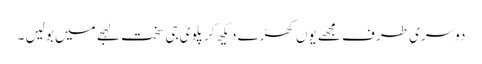
دوسری طرف مجھے یوں کھڑے دیکھ کر پلوی جی سخت لہجے میں بولیں ۔